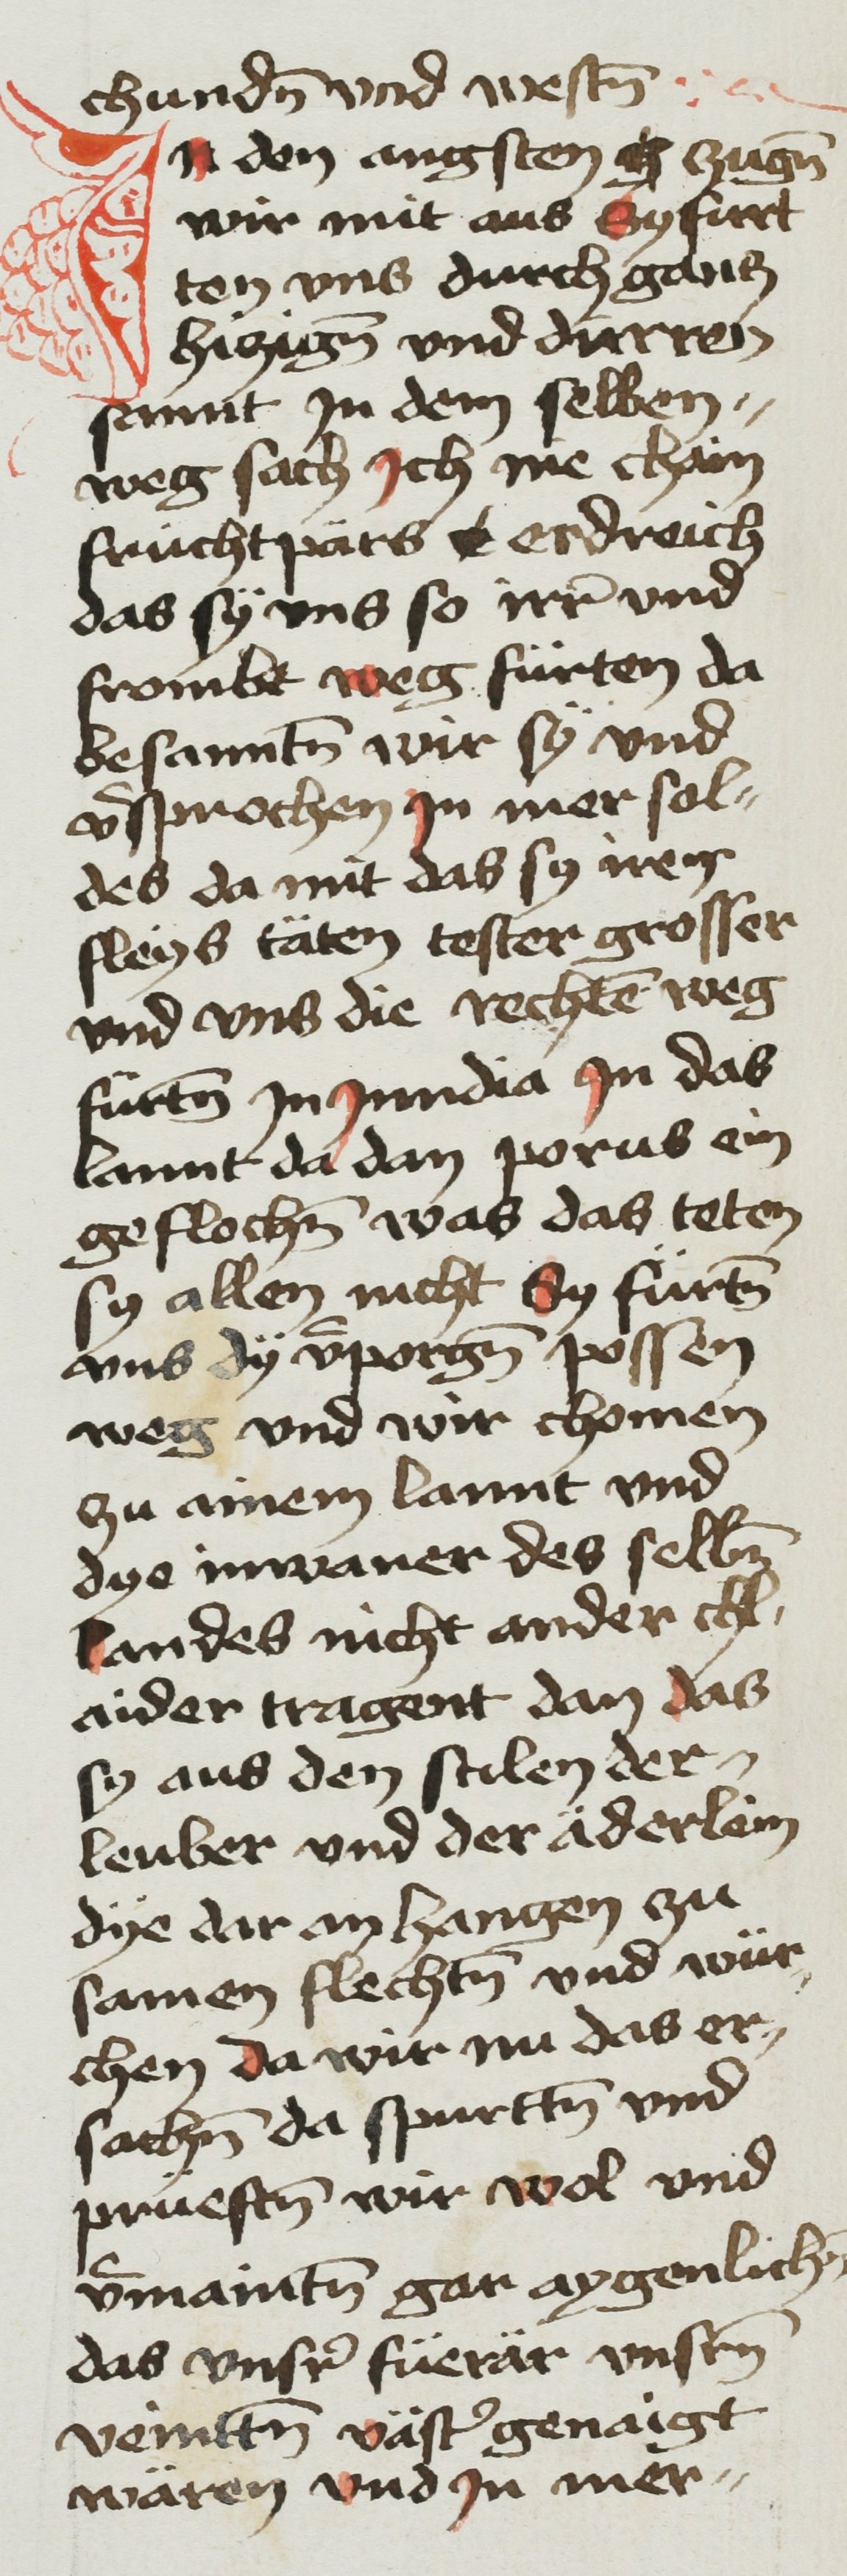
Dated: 1468–1468